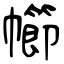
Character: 幯